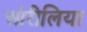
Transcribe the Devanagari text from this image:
ओरीलिया